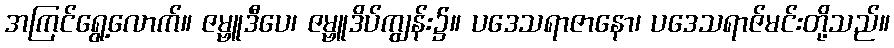
အကြင်ရွေ့လောက်။ ဇမ္ဗူဒီပေ၊ ဇမ္ဗူဒိပ်ကျွန်း၌။ ပဒေသရာဇာနော၊ ပဒေသရာဇ်မင်းတို့သည်။